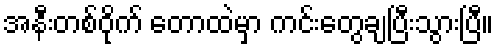
အနီးတစ်ဝိုက် တောထဲမှာ ကင်းတွေချပြီးသွားပြီ။